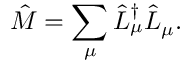
\hat { M } = \sum _ { \mu } \hat { L } _ { \mu } ^ { \dagger } \hat { L } _ { \mu } .